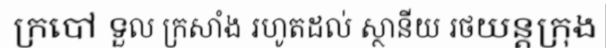
ក្របៅ ទួល ក្រសាំង រហូតដល់ ស្ថានីយ រថយន្តក្រុង